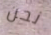
نحن